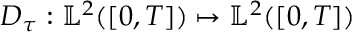
D _ { \tau } : \mathbb { L } ^ { 2 } ( [ 0 , T ] ) \mapsto \mathbb { L } ^ { 2 } ( [ 0 , T ] )